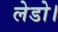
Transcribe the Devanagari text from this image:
लेडो।